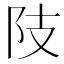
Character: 𨸠